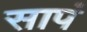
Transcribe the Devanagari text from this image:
सापं